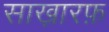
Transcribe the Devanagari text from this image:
साख़ारफ़